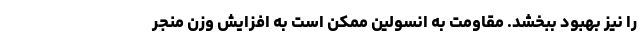
را نیز بهبود ببخشد. مقاومت به انسولین ممکن است به افزایش وزن منجر